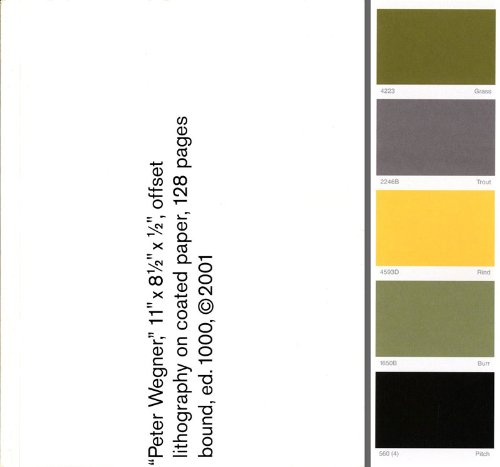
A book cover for "Peter Wegner," 11" x 8 1/2" x 1/2", offset lithography on coated paper, 128 pages bound, ed. 1000, c2001; Peter Wegner; Arts & Photography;